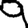
Digit: 9